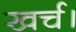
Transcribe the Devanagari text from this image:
खर्च।